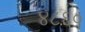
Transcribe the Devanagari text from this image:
४८६०